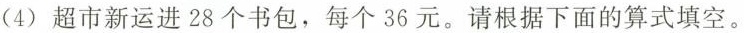
(4) 超市新运进28个书包，每个36元。请根据下面的算式填空。